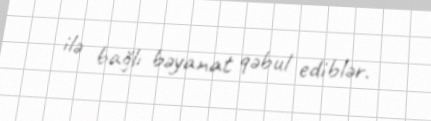
ilə bağlı bəyanat qəbul ediblər.